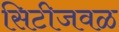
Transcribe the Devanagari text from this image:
सिटीजवळ